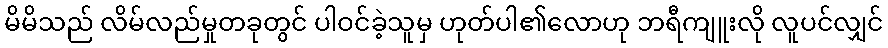
မိမိသည် လိမ်လည်မှုတခုတွင် ပါဝင်ခဲ့သူမှ ဟုတ်ပါ၏လောဟု ဘရီကျူးလို လူပင်လျှင်